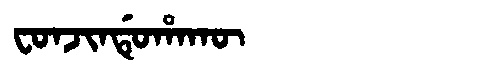
Manchu: ᠸᠣᠨᠵᡳᠨᡩᡠᡥᠠᡴᡡ
Romanization: FONJINDUHAKŪ